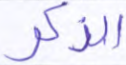
الذكر